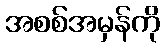
အစစ်အမှန်ကို